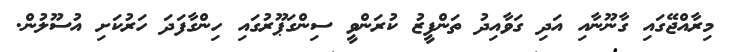
މިރާއްޖޭގައި ގާނޫނާއި އަދި ގަވާއިދު ތަންފީޒު ކުރަންވީ ސިންގަޕޫރުގައި ހިންގާފަދަ ހަރުކަށި އުސޫލުން.